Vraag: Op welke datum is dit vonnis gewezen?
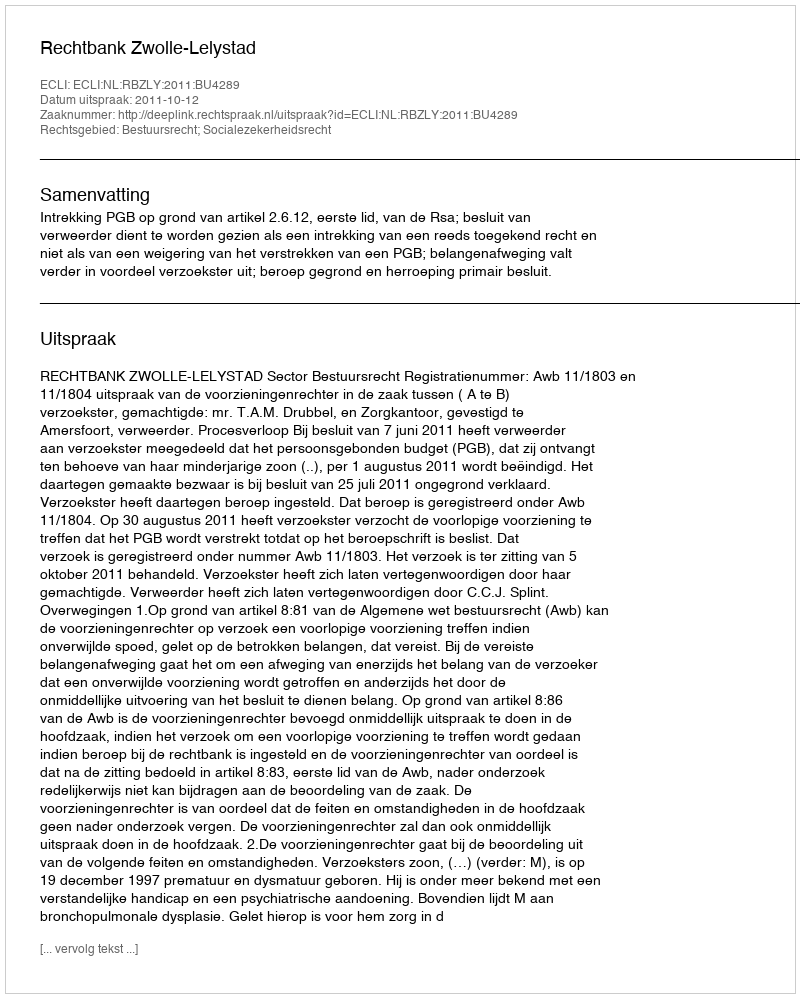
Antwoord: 2011-10-12